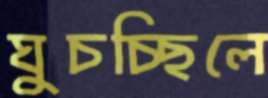
ঘুচচ্ছিলে